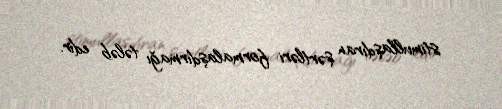
stimullaşdıran şərtləri formalaşdırmağı tələb edir.